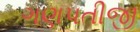
ગણપતીજી